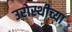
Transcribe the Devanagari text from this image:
उरोस्थीच्या